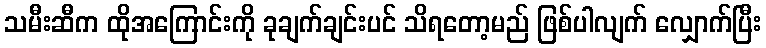
သမီးဆီက ထိုအကြောင်းကို ခုချက်ချင်းပင် သိရတော့မည် ဖြစ်ပါလျက် လျှောက်ပြီး